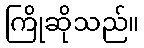
ကြိုဆိုသည်။